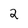
Character: 2